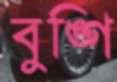
বুঙ্গি